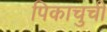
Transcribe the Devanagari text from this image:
पिकाचुची